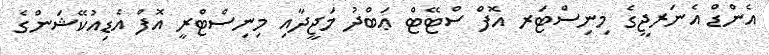
އެންޑް އެނަރޖީގެ މިނިސްޓަރ އޮފް ސްޓޭޓް ޢަބްދު މަޖީދާއި މިނިސްޓްރީ އޮފް އެޑިއުކޭޝަންގެ